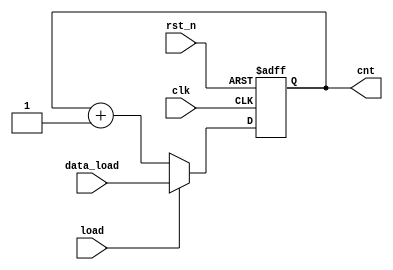
// Counter with load data

module cnt_load
#(
  parameter WIDTH=16
  )
(
 input                  clk,
 input                  rst_n,
 input                  load,
 input [WIDTH-1:0]      data_load,
 output reg [WIDTH-1:0] cnt
 );

   always@(posedge clk or negedge rst_n)
     begin:cnt_with_load
        if(!rst_n)
          cnt <= {WIDTH{1'b0}};
        else if(load)
          cnt <= data_load;
        else
          cnt <= cnt + 1'b1;
     end
   
endmodule // cnt_load